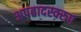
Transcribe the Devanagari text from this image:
अपवादस्वरुप